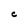
Character: C